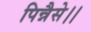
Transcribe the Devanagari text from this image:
पिन्नैसे।।